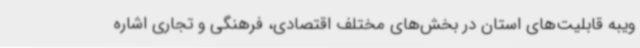
ویبه قابلیت‌های استان در بخش‌های مختلف اقتصادی، فرهنگی و تجاری اشاره